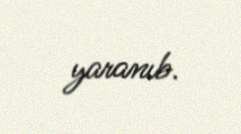
yaranıb.